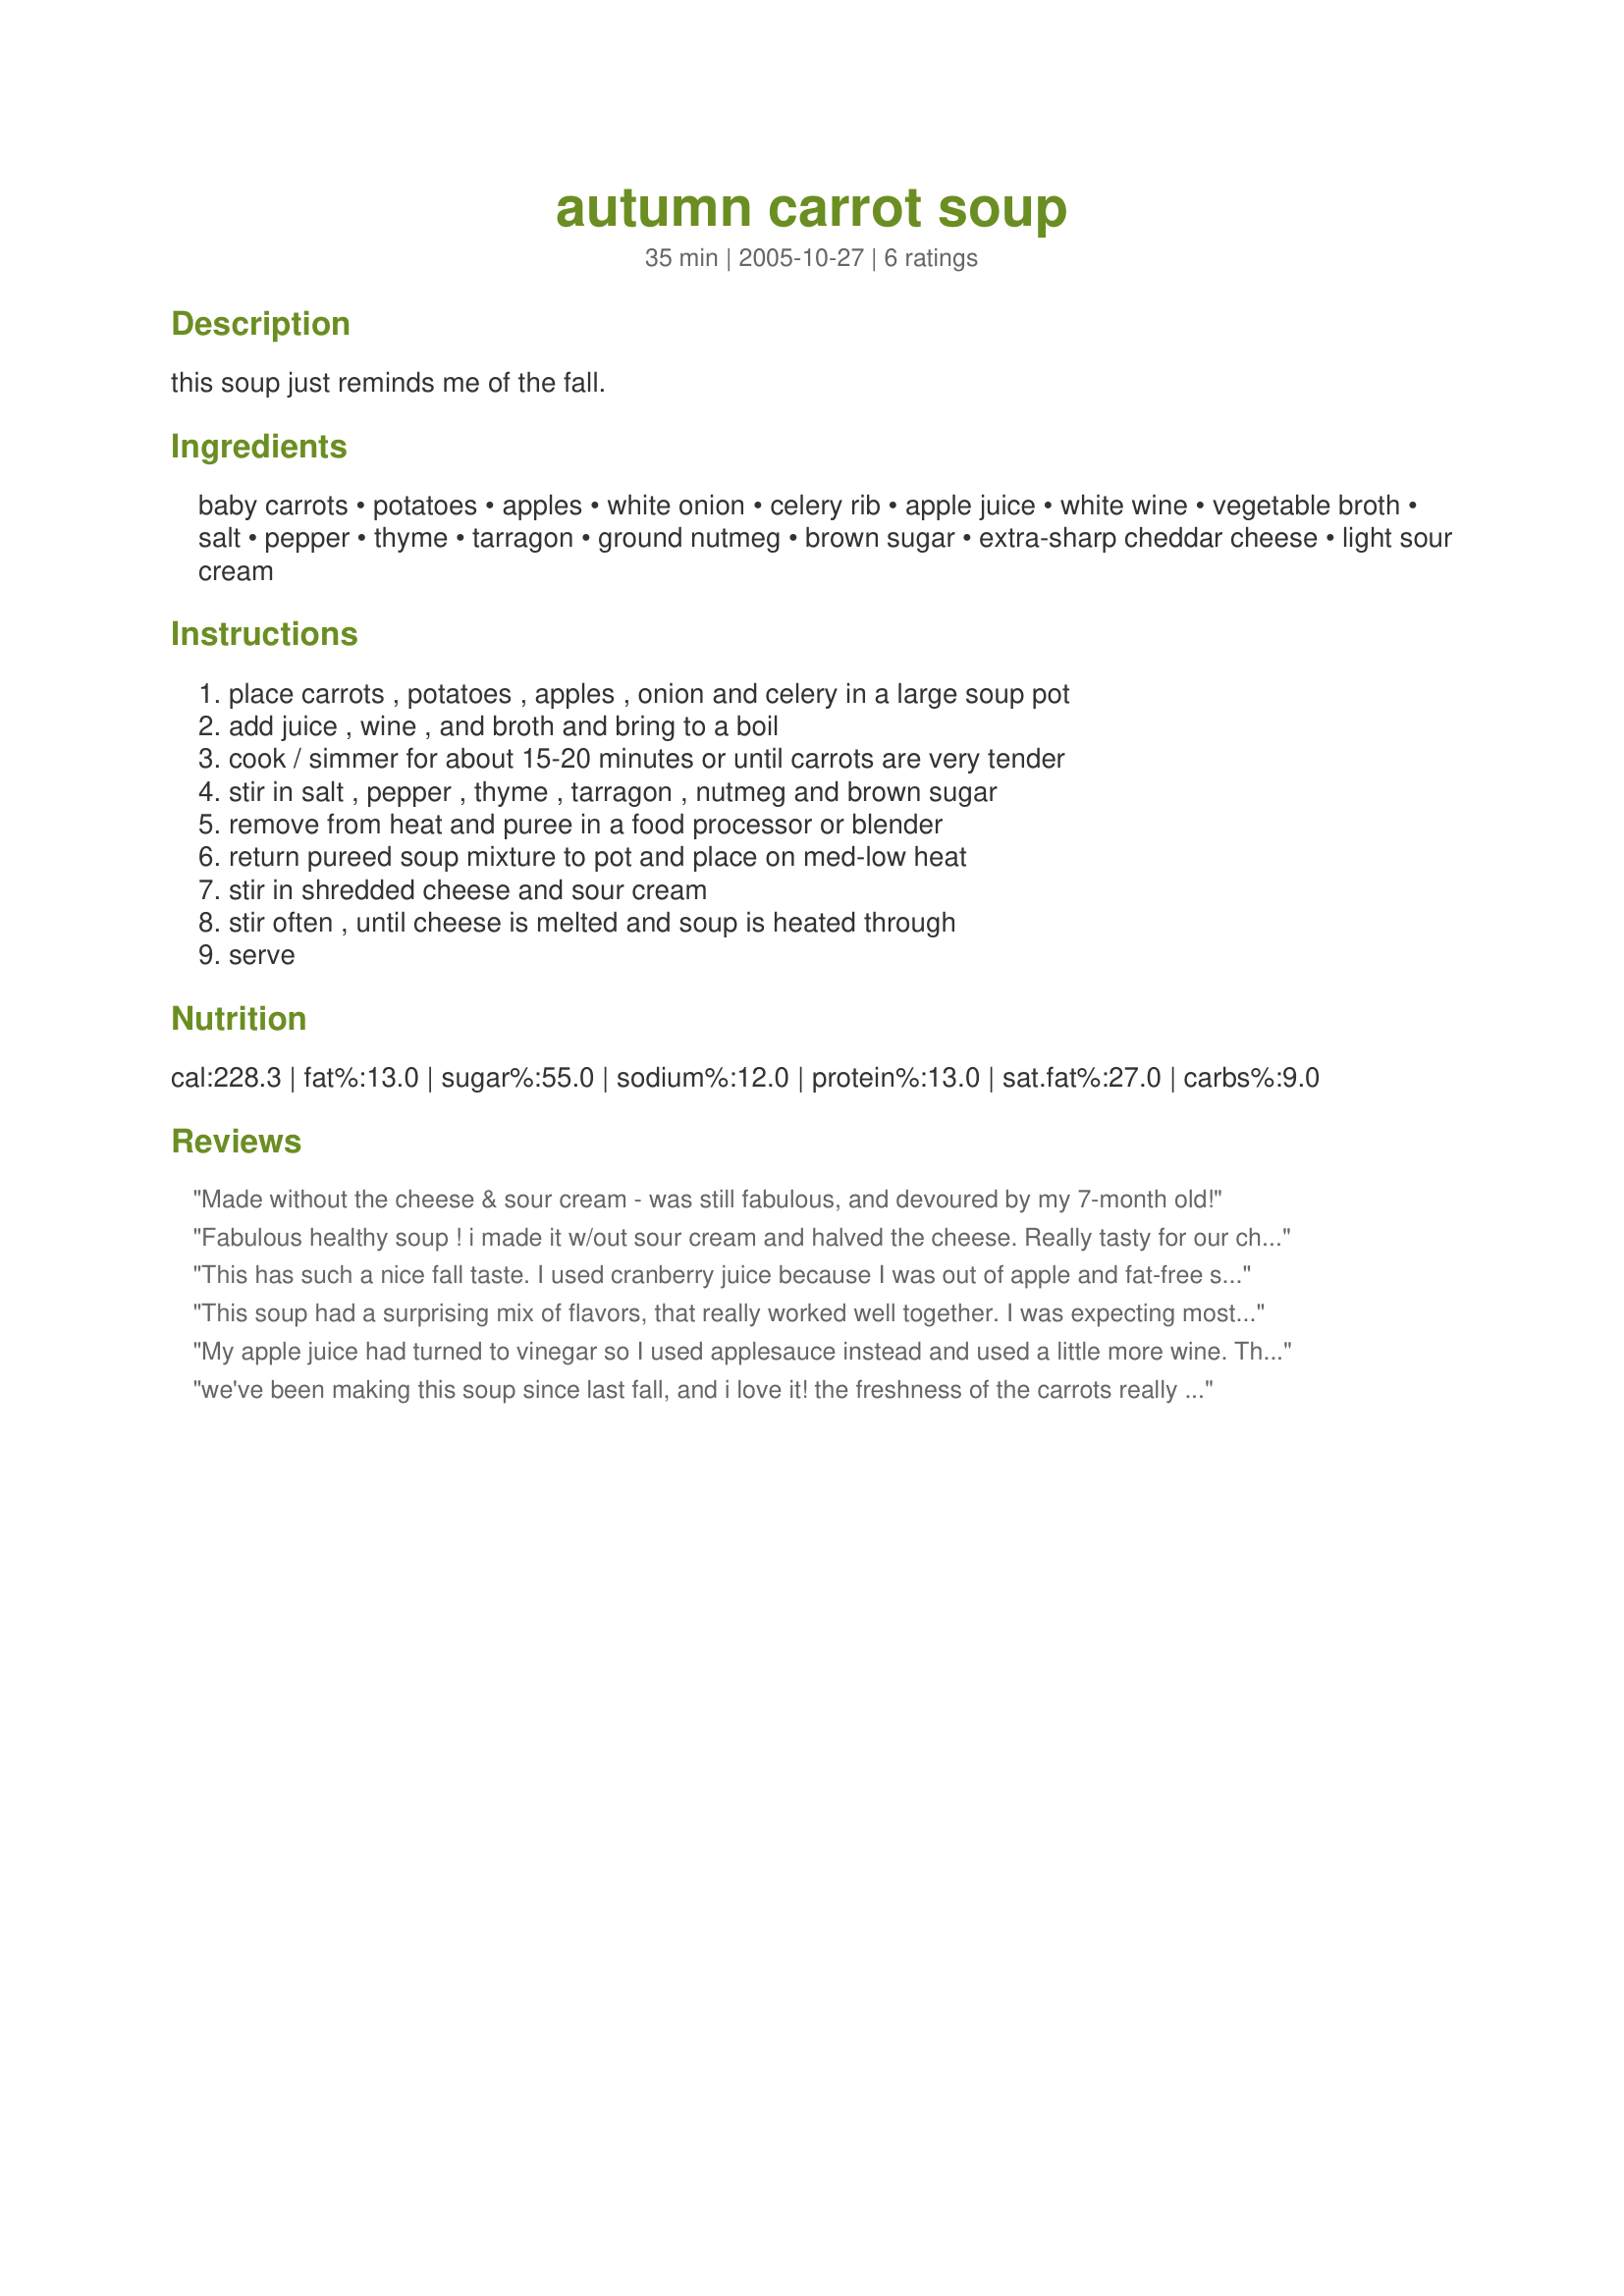
autumn carrot soup
Preparation time: 35 minutes

this soup just reminds me of the fall.

Ingredients:
baby carrots, potatoes, apples, white onion, celery rib, apple juice, white wine, vegetable broth, salt, pepper, thyme, tarragon, ground nutmeg, brown sugar, extra-sharp cheddar cheese, light sour cream

Steps:
place carrots , potatoes , apples , onion and celery in a large soup pot, add juice , wine , and broth and bring to a boil, cook / simmer for about 15-20 minutes or until carrots are very tender, stir in salt , pepper , thyme , tarragon , nutmeg and brown sugar, remove from heat and puree in a food processor or blender, return pureed soup mixture to pot and place on med-low heat, stir in shredded cheese and sour cream, stir often , until cheese is melted and soup is heated through, serve

Reviews:
Made without the cheese & sour cream - was still fabulous, and devoured by my 7-month old!
Fabulous healthy soup ! i made it w/out sour cream and halved the cheese. Really tasty for our chill evening. Made for Pool Party Tag.
This has such a nice fall taste. I used cranberry juice because I was out of apple and fat-free sour cream. Carrots are not my favorite, but I enjoyed this soup. Pretty easy too.
This soup had a surprising mix of flavors, that really worked well together. I was expecting mostly a carrot flavor, but I could taste the apple/apple juice, cheese, sour cream and tarragon. I left out the celery (not my thing) and used water & chicken soup base. Otherwise, I followed the recipe exactly other than cutting it in half. I wouldn't say that it is a favorite, but was good enough to send me back for a second bowl!
My apple juice had turned to vinegar so I used applesauce instead and used a little more wine. The hotter it is the better it tastes. I sprinkled a bit of cheese on top the first time we ate it for added flavor. I liked it enough to eat several days in a row but it's still not perfect.
we've been making this soup since last fall, and i love it! the freshness of the carrots really makes a big difference. fresh carrots right out of the garden = perfect soup. store bought carrots work ok, but not as good. even my 2 year old eats this soup (and he doesn't eat much of anything). this is a perfect supper in the fall or winter, with a loaf of fresh bread or garlic bread. thanks so much for posting this.
